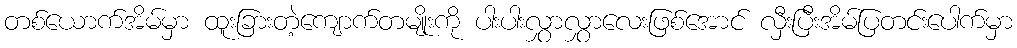
တစ်ယောက်အိမ်မှာ ထူးခြားတဲ့ကျောက်တမျိုးကို ပါးပါးလွှာလွှာလေးဖြစ်အောင် လှီးပြီးအိမ်ပြတင်းပေါက်မှာ